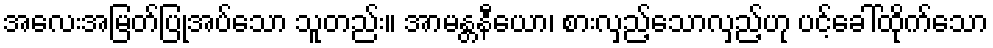
အလေးအမြတ်ပြုအပ်သော သူတည်း။ အာမန္တနီယော၊ စားလှည့်သောလှည့်ဟု ပင့်ခေါ်ထိုက်သော